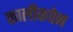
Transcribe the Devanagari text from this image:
कालीकपेन